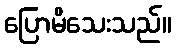
ပြောမိသေးသည်။